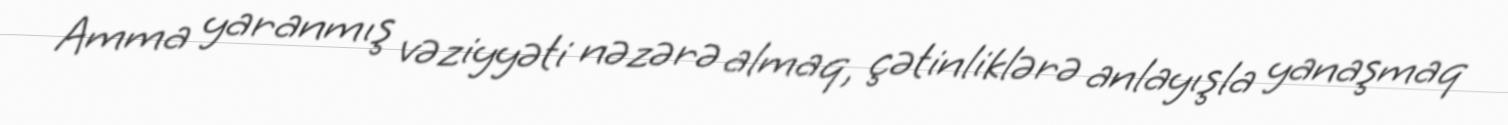
Amma yaranmış vəziyyəti nəzərə almaq, çətinliklərə anlayışla yanaşmaq